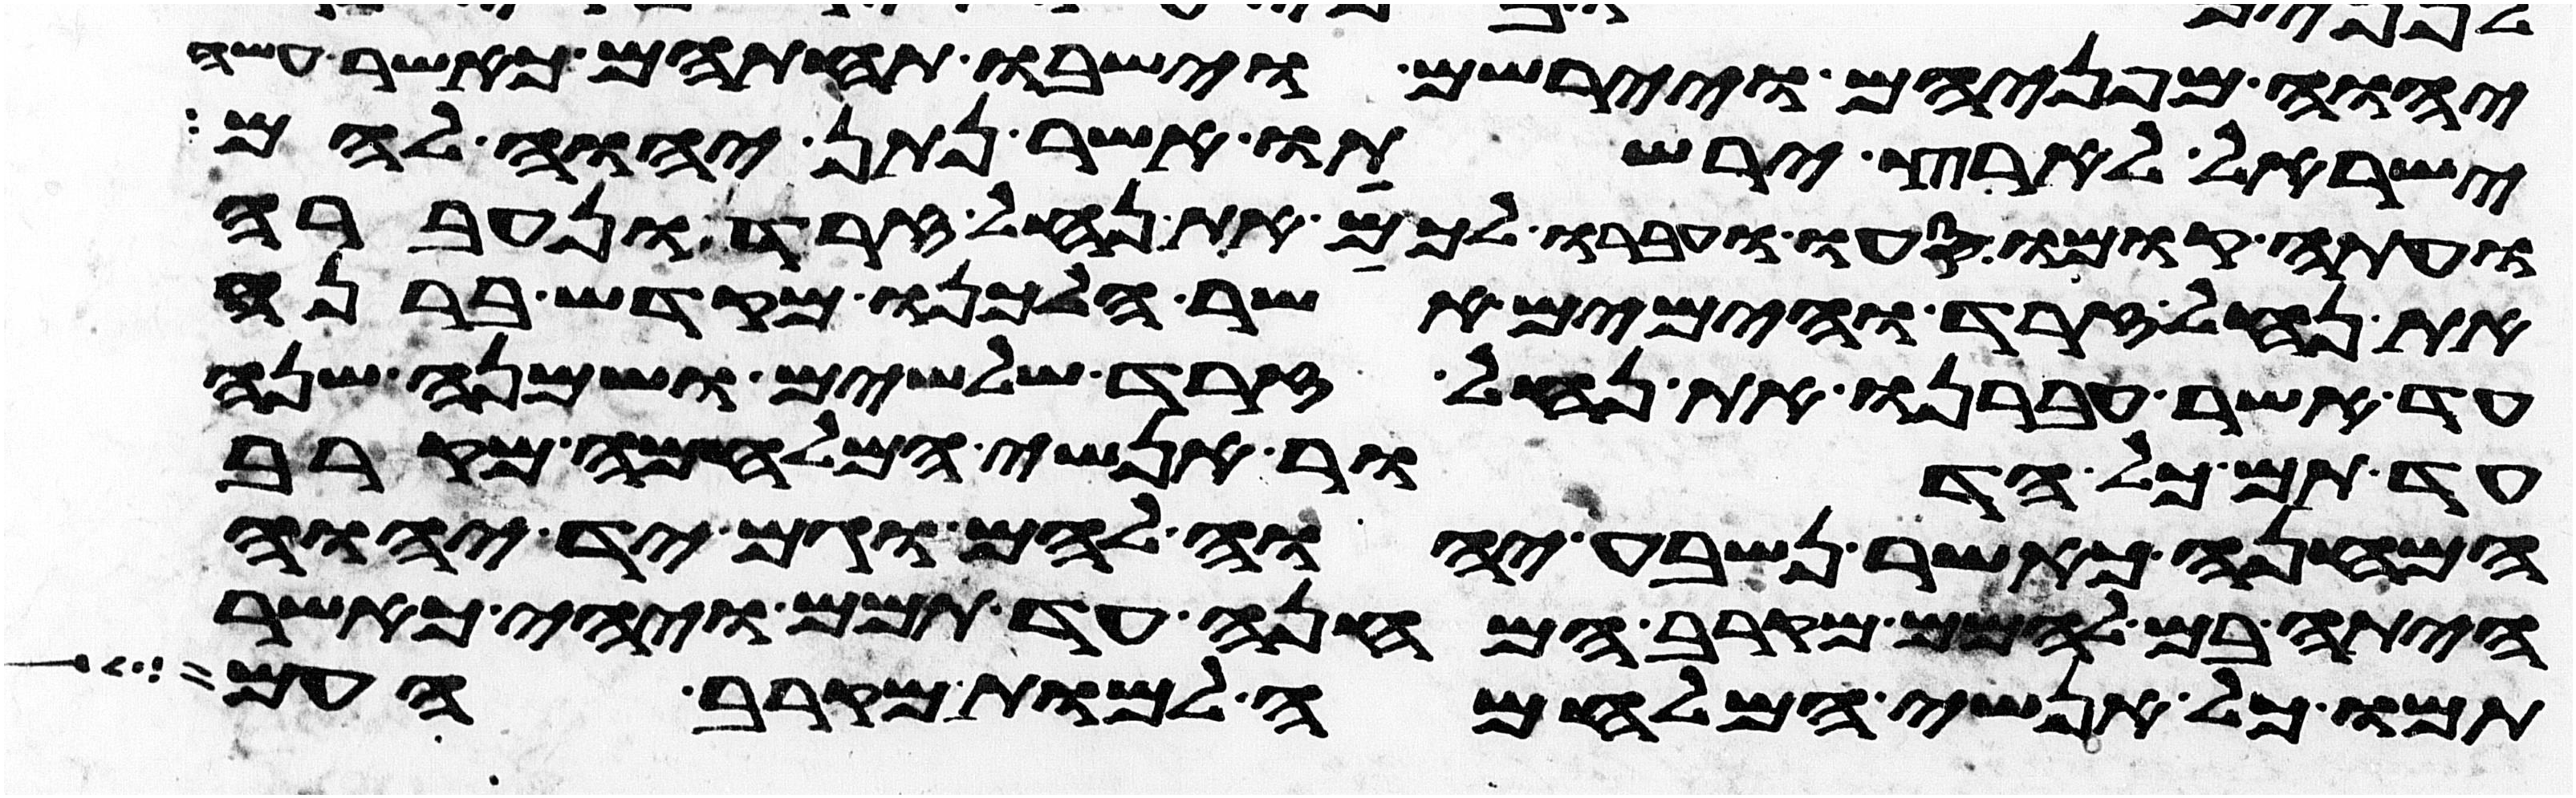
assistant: יהוה מפניהם ויירשום וישבו תחתיהם כאשר עשה
ישראל לארץ ירשתו אשר נתן יהוה להם
ועתה קומו סעו ועברו לכם את נחל זרד ונעברה
את נחל זרד והימים אשר הלכנו מקדש ברנע
עד אשר עברנו את נחל זרד שלשים ושמנה שנה
עד תם כל הדור אנשי המלחמה מקרב
המחנה כאשר נשבע יהוה להם וגם יד יהוה
היתה בם להמם מקרב המחנה עד תמם ויהי כאשר
תמו כל אנשי המלחמה למות מקרב העם